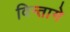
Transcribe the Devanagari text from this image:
विन्तागे